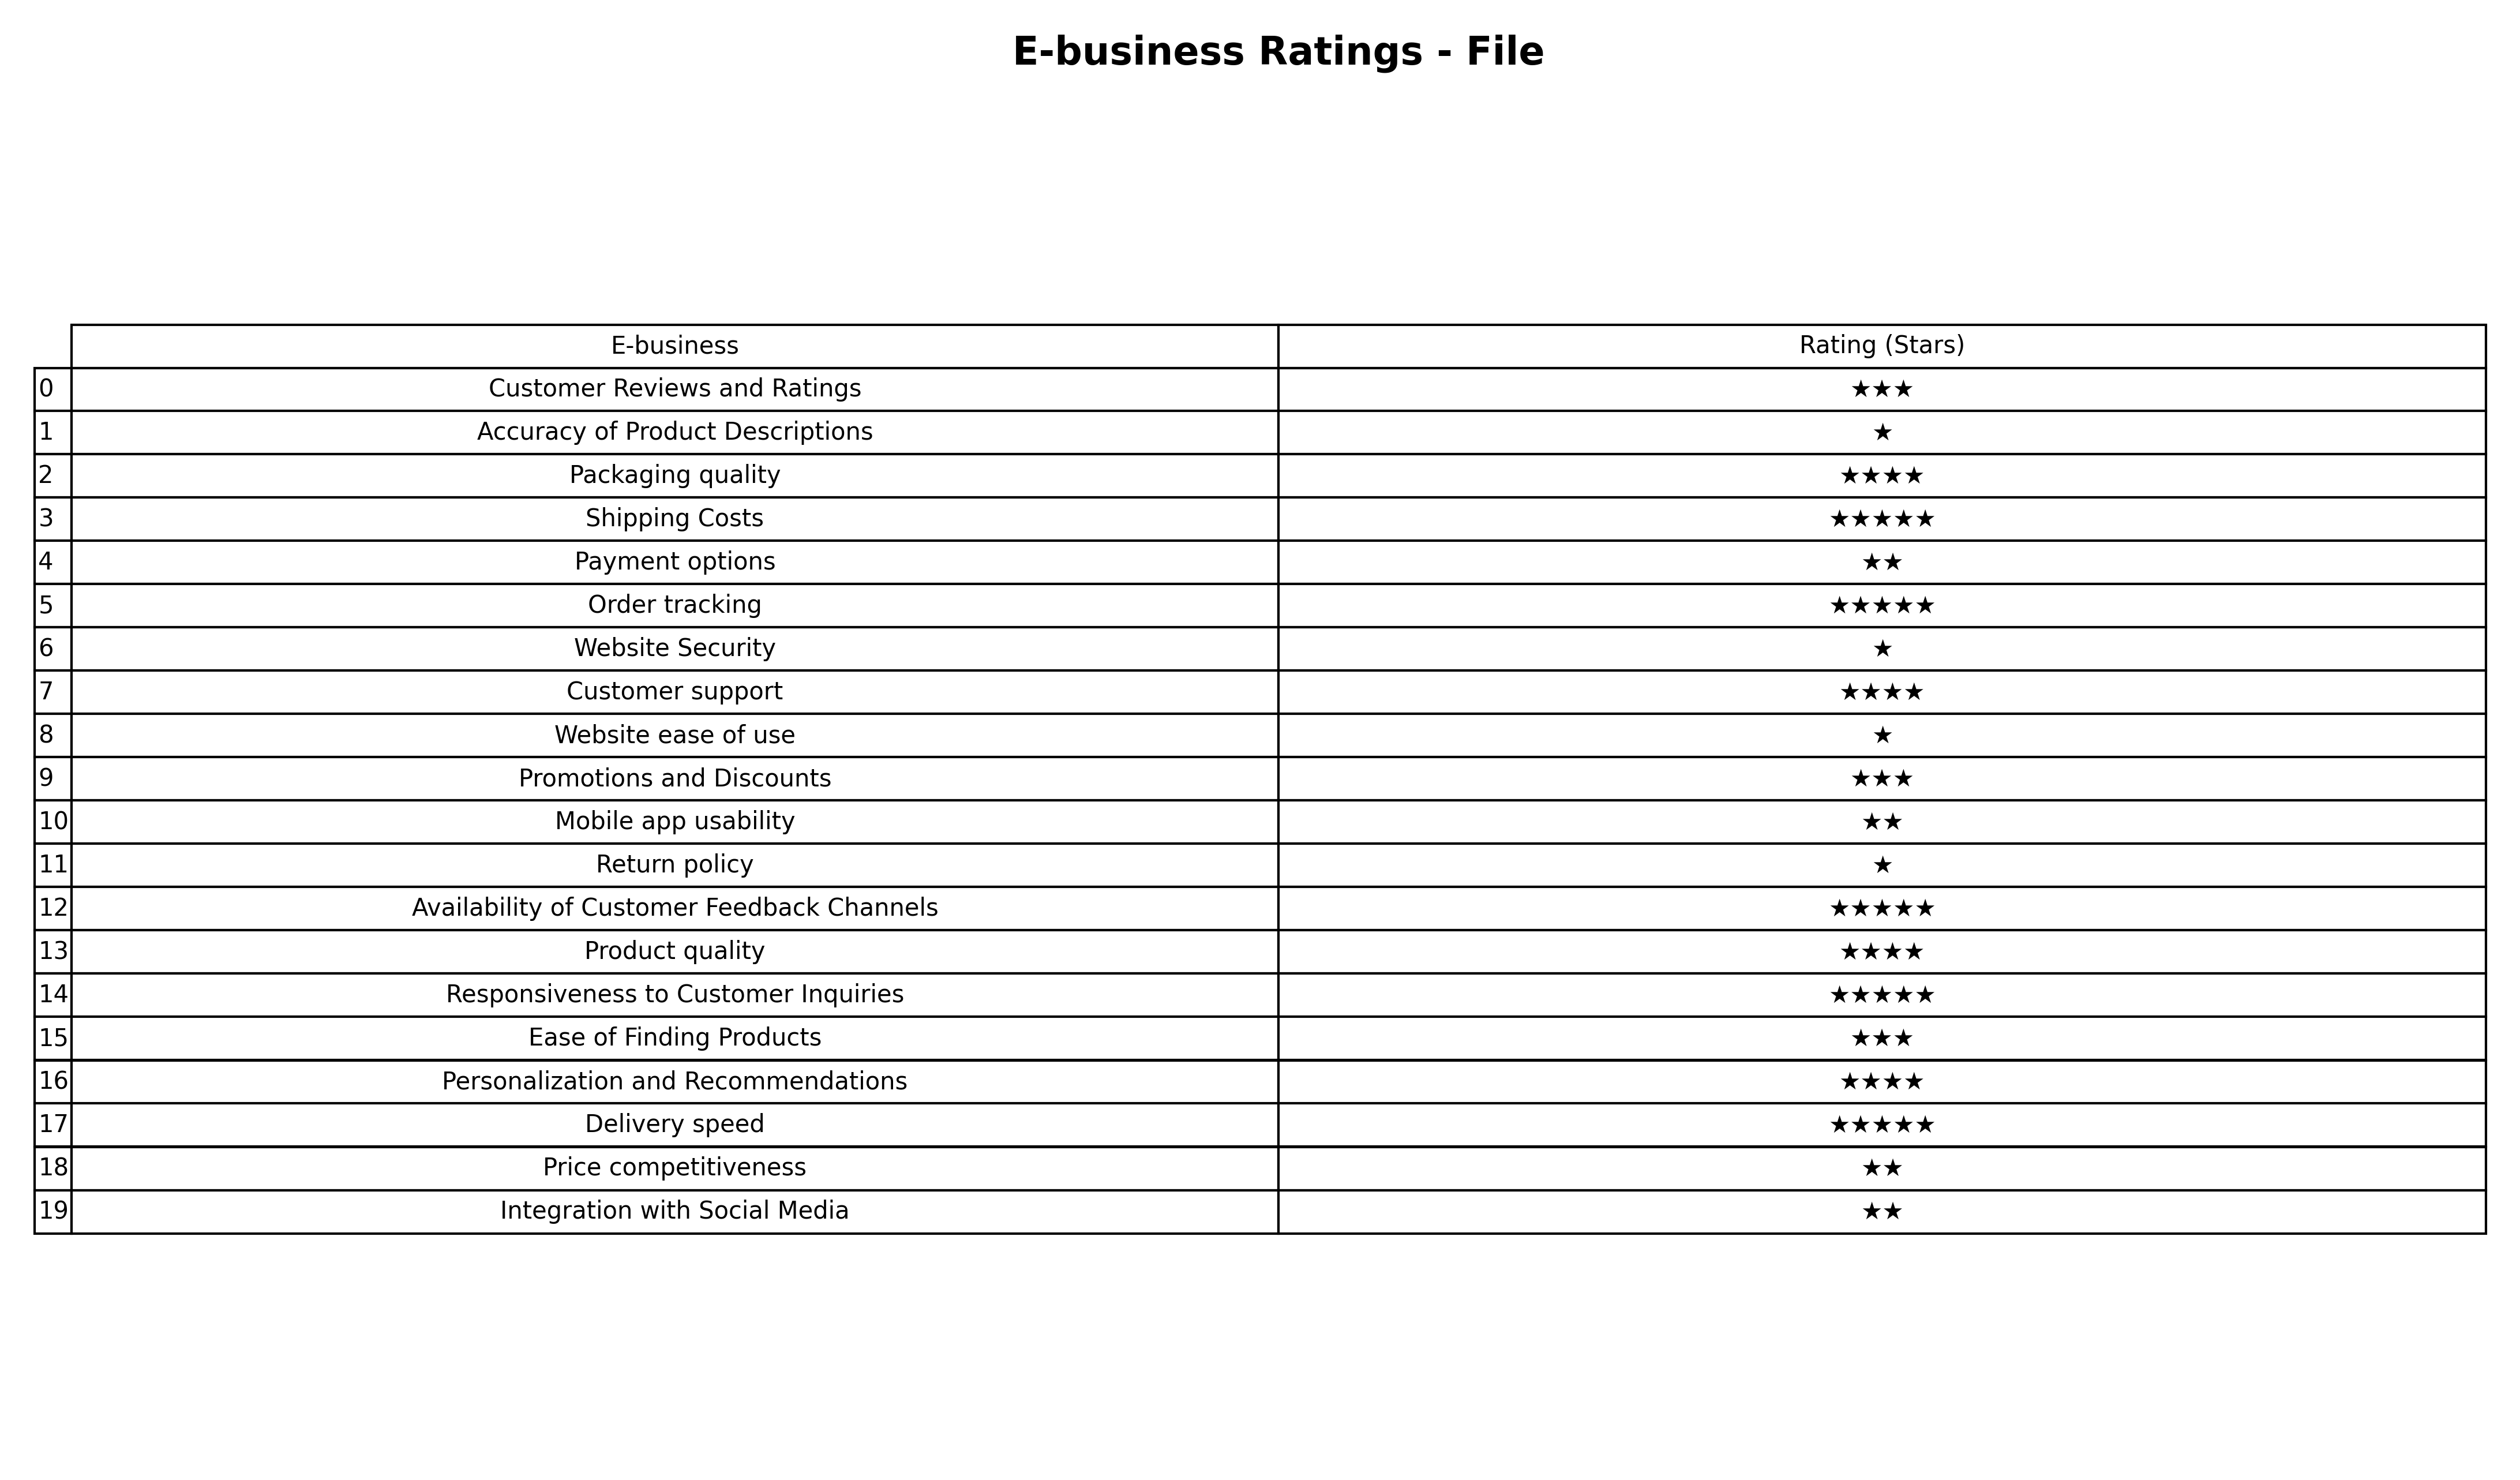
question: What are three star services?
answer: Customer Reviews and RatingsPromotions and DiscountsEase of Finding Products